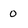
Character: 0